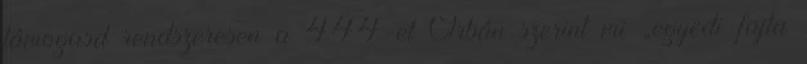
támogasd rendszeresen a 444-et Orbán szerint mi „egyedi fajta